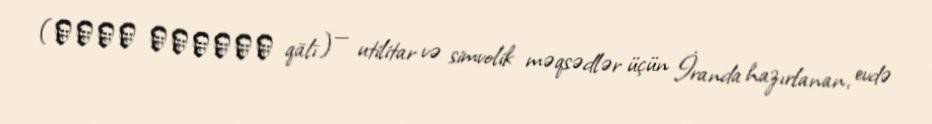
(قالی ايرانى qālī) — utilitar və simvolik məqsədlər üçün İranda hazırlanan, evdə